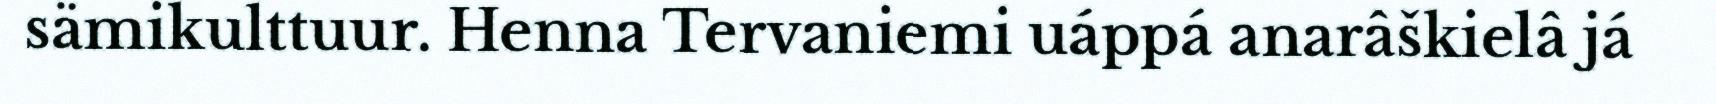
sämikulttuur. Henna Tervaniemi uáppá anarâškielâ já